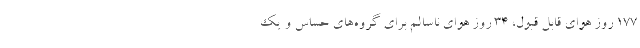
۱۷۷ روز هوای قابل قبول، ۳۴ روز هوای ناسالم برای گروه‌های حساس و یک